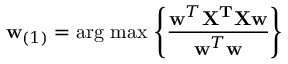
\mathbf { w } _ { ( 1 ) } = { \operatorname { \arg \, m a x } } \, \left\{ { \frac { \mathbf { w } ^ { T } \mathbf { X ^ { T } } \mathbf { X w } } { \mathbf { w } ^ { T } \mathbf { w } } } \right\}